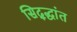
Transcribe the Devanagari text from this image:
सिद्द्धांत